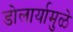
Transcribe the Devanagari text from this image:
डोलार्यामुळे